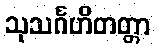
သုသင်္ဂဟိတတ္တာ